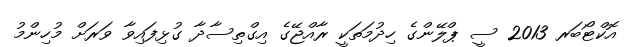
އޮކްޓޯބަރ 2013 ސީ ޕްލޭންގެ ހިދުމަތަކީ ރާއްޖޭގެ އިގްތިސާދާ ގުޅިފައިވާ ވަރަށް މުހިންމު